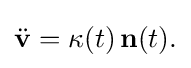
\displaystyle {{\ddot {\mathbf {v} }}=\kappa (t)\,\mathbf {n} (t).}